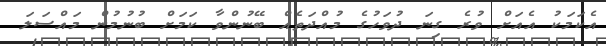
އެކަމަކު އެއަށް ވުރެ ގިނަ ދުވަހުގެ މުއްދަތެއް ބޭނުންވާ ކަމަށް ބުނުމުން މައްސަލަ